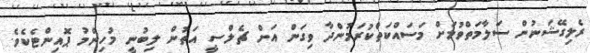
ރެލިގޭޝަނުން ސަލާމަތްވުމަށް މަސައްކަތްކުރަމުންދާ ވިގަން އަށް ޗެލްސީ އަތުން ލިބުނީ މުހިންމު ޕޮއިންޓެކެވެ.